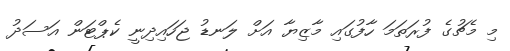
މި މެޗުގެ ފުރަތަމަ ހާފުގައި މާޒިޔާ އަށް ލަނޑު ޖަހައިދިނީ ކެޕްޓަން އަސަދު